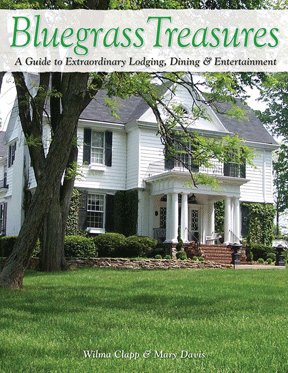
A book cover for Bluegrass Treasures: A Guide to Extraordinary Lodging, Dining & Entertainment; Wilma Clapp & Mary Newton Davis; Travel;